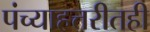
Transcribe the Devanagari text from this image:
पंच्याहत्तरीतही